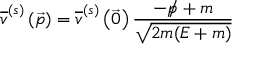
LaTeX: { \overline { { v } } } ^ { ( s ) } \left( { \vec { p } } \right) = { \overline { { v } } } ^ { ( s ) } \left( { \vec { 0 } } \right) { \frac { - { p \! \! \! / } + m } { \sqrt { 2 m ( E + m ) } } }